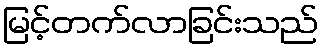
မြင့်တက်လာခြင်းသည်